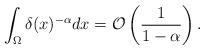
LaTeX: \begin{align*}\int_\Omega \delta(x)^{-\alpha} dx = \mathcal{O}\left( \frac{1}{1-\alpha} \right).\end{align*}